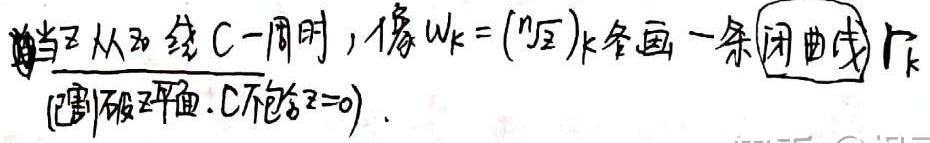
当\(z\)从\(z_0\)绕\(C\)一周时，像\(w_{k}=(\sqrt[n]{z})_{k}\)各画一条闭曲线\(\Gamma_{k}\)（割破\(z\)平面，\(C\)不包含\(z = 0\)）。